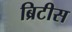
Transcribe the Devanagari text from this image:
ब्रिटीस